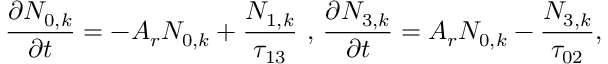
\frac { \partial N _ { 0 , k } } { \partial t } = - A _ { r } N _ { 0 , k } + \frac { N _ { 1 , k } } { \tau _ { 1 3 } } \mathrm { ~ , ~ } \frac { \partial N _ { 3 , k } } { \partial t } = A _ { r } N _ { 0 , k } - \frac { N _ { 3 , k } } { \tau _ { 0 2 } } ,